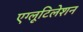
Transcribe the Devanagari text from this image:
एग्लूटिलेशन